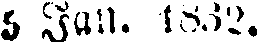
5 Jan. 1832,